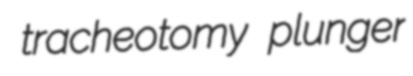
tracheotomy plunger